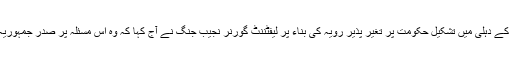
22مئی ( سیاست ڈاٹ کام ) عام آدمی پارٹی کے دہلی میں تشکیل حکومت پر تغیر پذیر رویہ کی بناء پر لیفٹننٹ گورنر نجیب جنگ نے آج کہا کہ وہ اس مسئلہ پر صدر جمہوریہ پرنب مکرجی سے تبادلہ خیال کریں گے ۔